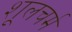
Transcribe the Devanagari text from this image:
शूलचर्म